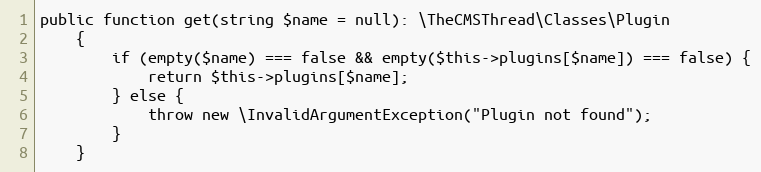
Language: PHP
public function get(string $name = null): \TheCMSThread\Classes\Plugin
    {
        if (empty($name) === false && empty($this->plugins[$name]) === false) {
            return $this->plugins[$name];
        } else {
            throw new \InvalidArgumentException("Plugin not found");
        }
    }